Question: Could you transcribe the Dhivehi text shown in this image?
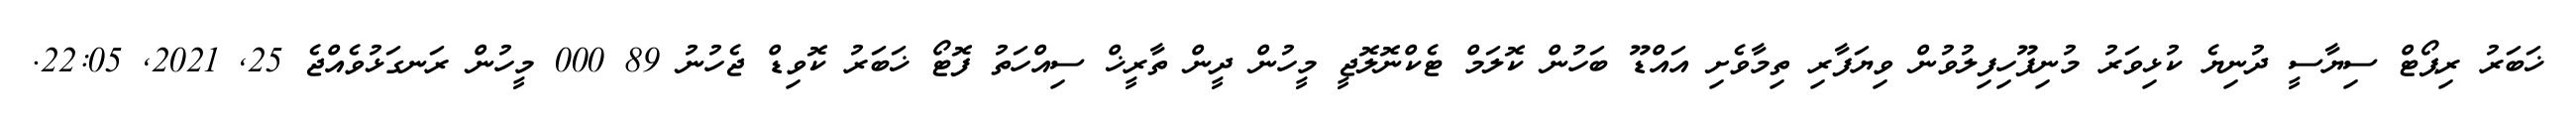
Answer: ޚަބަރު ރިޕޯޓް ސިޔާސީ ދުނިޔެ ކުޅިވަރު މުނިފޫހިފިލުވުން ވިޔަފާރި ތިމާވެށި އައްޑޫ ބަހުން ކޮލަމް ޓެކްނޮލޮޖީ މީހުން ދީން ތާރީޚް ސިއްހަތު ފޮޓޯ ޚަބަރު ކޮވިޑް ޖެހުނު 89 000 މީހުން ރަނގަޅުވެއްޖެ 25, 2021, 22:05.